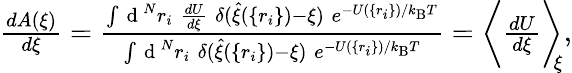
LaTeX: \begin{array}{r}{\frac{dA(\xi)}{d\xi}=\frac{\int\mathrm{~d~}^{N}r_{i}\; \frac{dU}{d\xi}\; \delta(\hat{\xi}(\{ r_{i}\} )-\xi)\; e^{-U(\{ r_{i}\} )/k_{\mathrm{B}}T}}{\int\mathrm{~d~}^{N}r_{i}\; \delta(\hat{\xi}(\{ r_{i}\} )-\xi)\; e^{-U(\{ r_{i}\} )/k_{\mathrm{B}}T}}=\bigg\langle\frac{dU}{d\xi}\bigg\rangle_{\! \! \xi},}\end{array}